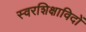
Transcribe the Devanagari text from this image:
स्वरशिक्षाविदों